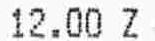
12.00 Z